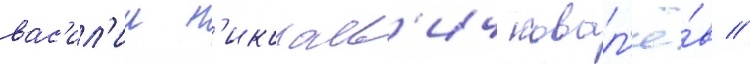
вас'ил'ии н'иколаев'ич ковал'ё́в //